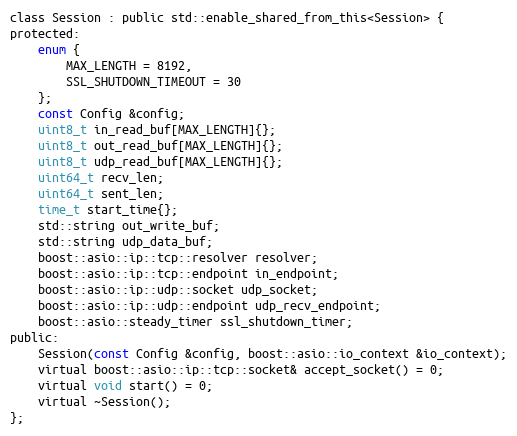
Language: C
class Session : public std::enable_shared_from_this<Session> {
protected:
    enum {
        MAX_LENGTH = 8192,
        SSL_SHUTDOWN_TIMEOUT = 30
    };
    const Config &config;
    uint8_t in_read_buf[MAX_LENGTH]{};
    uint8_t out_read_buf[MAX_LENGTH]{};
    uint8_t udp_read_buf[MAX_LENGTH]{};
    uint64_t recv_len;
    uint64_t sent_len;
    time_t start_time{};
    std::string out_write_buf;
    std::string udp_data_buf;
    boost::asio::ip::tcp::resolver resolver;
    boost::asio::ip::tcp::endpoint in_endpoint;
    boost::asio::ip::udp::socket udp_socket;
    boost::asio::ip::udp::endpoint udp_recv_endpoint;
    boost::asio::steady_timer ssl_shutdown_timer;
public:
    Session(const Config &config, boost::asio::io_context &io_context);
    virtual boost::asio::ip::tcp::socket& accept_socket() = 0;
    virtual void start() = 0;
    virtual ~Session();
};